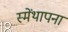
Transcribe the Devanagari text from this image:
स्मेंथापना